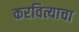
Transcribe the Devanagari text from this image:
करवित्याचा